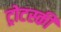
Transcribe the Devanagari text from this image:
ट्रोटस्की